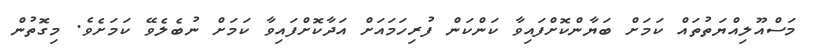
މަސްއޫލިއްޔަތުތައް ކަމަށް ބަޔާންކޮށްފައިވާ ކަންކަން ފުރިހަމައަށް އަދާކޮށްފައިވާ ކަމަށް ނުބެލެވޭ ކަމަށެވެ. މިގޮތުން